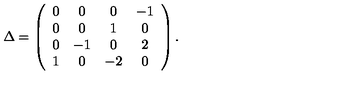
\Delta = \left( \begin{array} { c c c c } { 0 } & { 0 } & { 0 } & { - 1 } \\ { 0 } & { 0 } & { 1 } & { 0 } \\ { 0 } & { - 1 } & { 0 } & { 2 } \\ { 1 } & { 0 } & { - 2 } & { 0 } \\ \end{array} \right) .